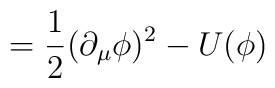
=\frac{1}{2}(\partial _{\mu }\phi )^{2}-U(\phi )